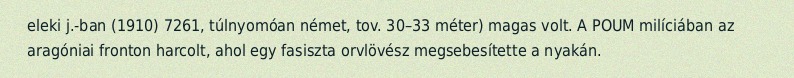
eleki j.-ban (1910) 7261, túlnyomóan német, tov. 30–33 méter) magas volt. A POUM milíciában az aragóniai fronton harcolt, ahol egy fasiszta orvlövész megsebesítette a nyakán.